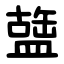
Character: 䀇